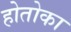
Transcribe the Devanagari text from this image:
होतोका